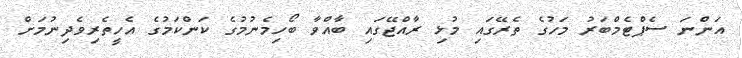
އަންނަ ސެޕްޓެމްބަރު މަހުގެ ތެރޭގައި މުޅި ރާއްޖޭގައި ބާއްވާ ބޯހިމެނުމުގެ ކަންކަމުގެ އެހީތެރިވެދިނުމަށް